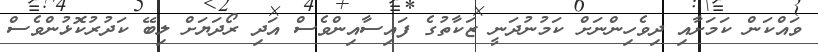
ވައްކަން ކަމަށާއި ދިވެހިންނަށް ކަމުނުދަނީ ޒަކާތުގެ ފައިސާއިންވެސް އަދި ރޯދަޔަށް ލިބޭ ކަދުރުކޮޅުންވެސް